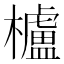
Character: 櫨